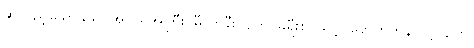
ဆိုလှည့်သောနှယ်၊ အငယ်အကြီး၊ မှီကာနီးလျက်၊ ခရီးစဉ်သင့်၊ ရောက်ကုန်လင့်လျက်၊